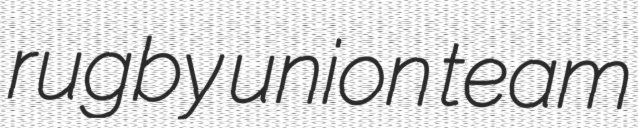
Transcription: rugby union team